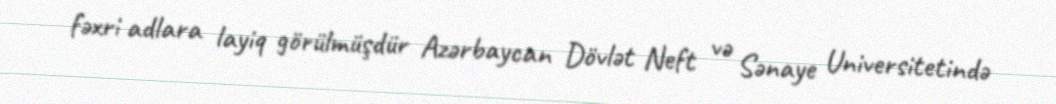
fəxri adlara layiq görülmüşdür Azərbaycan Dövlət Neft və Sənaye Universitetində